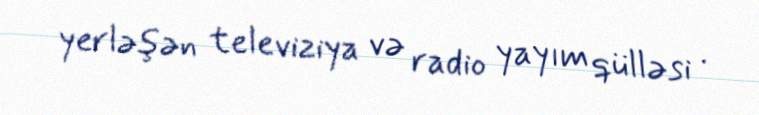
yerləşən televiziya və radio yayım qülləsi .